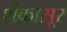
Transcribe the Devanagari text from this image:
शंकासूर